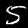
Label: 5